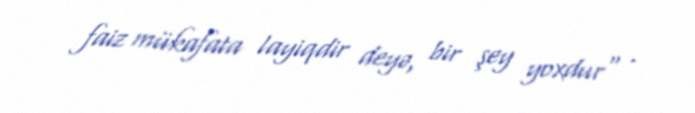
faiz mükafata layiqdir deyə, bir şey yoxdur" .